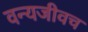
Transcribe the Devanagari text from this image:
वन्यजीवच